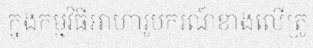
ក្នុងកម្មវិធីអាហារូបករណ៍ខាងលើត្រូ